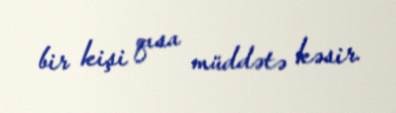
bir kişi qısa müddətə kəsir.